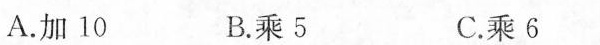
A.加10 B.乘5 C.乘6